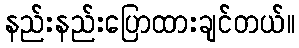
နည်းနည်းပြောထားချင်တယ်။